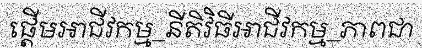
ផ្តើមអាជីវកម្ម_នីតិវិធីអាជីវកម្ម_ភាពជា